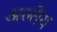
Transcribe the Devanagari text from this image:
अल्तेय